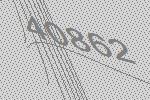
40862